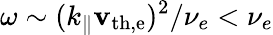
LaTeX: \omega\sim(k_{\parallel}\mathbf{v}_{\mathrm{{th,e}}})^{2}/\nu_{e}<\nu_{e}